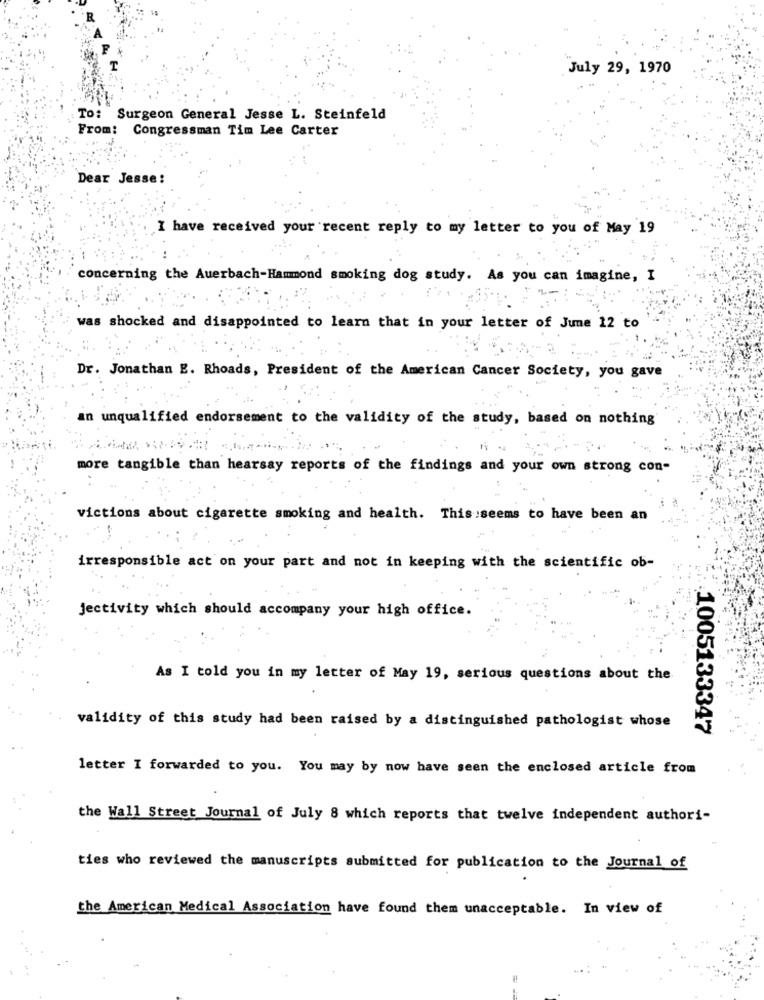
July 29, 1970
To: Surgeon General Jesse L. Steinfeld
From: Congressman Tim Lee Carter
Dear Jesse :
I have received your recent reply to my letter to you of May 19
concerning the Auerbach-Hammond smoking dog study. As you can imagine, I
1-
was shocked and disappointed to learn that in your letter of June 12 to
Dr. Jonathan E. Rhoads, President of the American Cancer Society, you gave
an unqualified endorsement to the validity of the study, based on nothing
more tangible than hearsay reports of the findings and your own strong con-
victions about cigarette smoking and health. This seems to have been an
irresponsible act on your part and not in keeping with the scientific ob-
jectivity which should accompany your high office.
As I told you in my letter of May 19, serious questions about the
validity of this study had been raised by a distinguished pathologist whose
1005133347
letter I forwarded to you. You may by now have seen the enclosed article from
the Wall Street Journal of July 8 which reports that twelve independent authori-
ties who reviewed the manuscripts submitted for publication to the Journal of
the American Medical Association have found them unacceptable. In view of